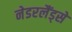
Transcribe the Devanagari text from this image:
नेडरलैंड्से